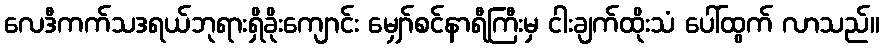
လေဒီကက်သဒရယ်ဘုရားရှိခိုးကျောင်း မျှော်စင်နာရီကြီးမှ ငါးချက်ထိုးသံ ပေါ်ထွက် လာသည်။